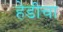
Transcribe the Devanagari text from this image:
हेडीचा